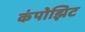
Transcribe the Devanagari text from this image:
कंपोझिट